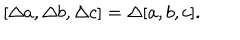
LaTeX: \lbrack \Delta a , \Delta b , \Delta c ] = \Delta [ a , b , c ] .